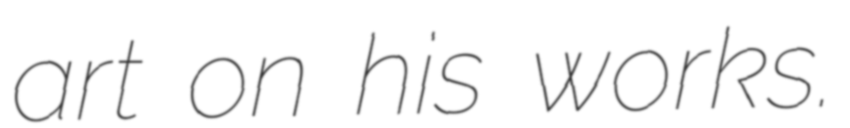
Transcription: art on his works.